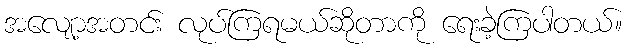
အလျော့အတင်း လုပ်ကြရမယ်ဆိုတာကို ရေးခဲ့ကြပါတယ်။